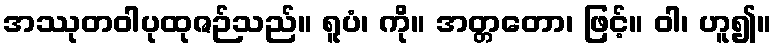
အဿုတဝါပုထုဇဉ်သည်။ ရူပံ၊ ကို။ အတ္တတော၊ ဖြင့်။ ဝါ၊ ဟူ၍။